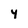
Character: 4